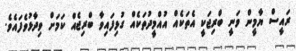
ރައީސް ޔާމީން ވަނީ ބްރިޖަކީ އެތަކެއް އުއްމީދުތަކެއް ގުޅިފައިވާ ބްރިޖެއް ކަމަށް ވިދާޅުވެފައެވެ.